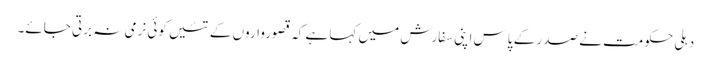
دہلی حکومت نے صدر کے پاس اپنی سفارش میں کہا ہے کہ قصورواروں کے تئیں کوئی نرمی نہ برتی جائے۔